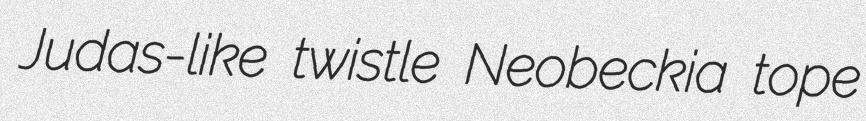
Judas-like twistle Neobeckia tope